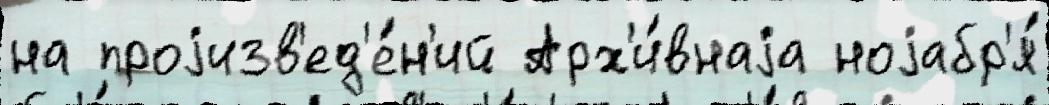
на проjизв'ед'е́н'ий Арх'и́внаjа ноjабр'я́